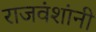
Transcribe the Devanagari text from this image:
राजवंशांनी